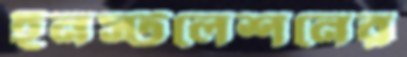
ইনস্টলেশনের